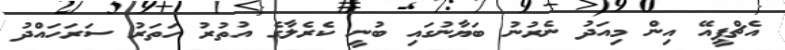
އެޗްޕީއޭ އިން މިއަދު ނެރުނު ބަޔާނުގައި ބުނީ ކެރެލާގެ އުތުރު ހަތަރު ސަރަހައްދު